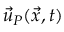
{ \vec { u } } _ { P } ( { \vec { x } } , t )